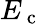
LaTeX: E_{\mathrm{~c~}}